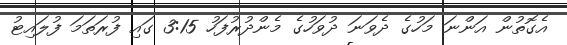
އެގޮތުން އަންނަ މަހުގެ ދެވަނަ ދުވަހުގެ މެންދުރުފަހު 3:15 ގައި ފުރަތަމަ ފުލައިޓު